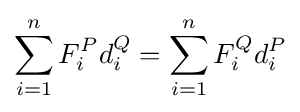
\sum _{i=1}^{n}F_{i}^{P}d_{i}^{Q}=\sum _{i=1}^{n}F_{i}^{Q}d_{i}^{P}